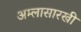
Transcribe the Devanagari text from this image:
अम्लासारखी